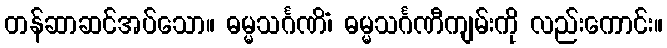
တန်ဆာဆင်အပ်သော။ ဓမ္မသင်္ဂဏိံ၊ ဓမ္မသင်္ဂဏီကျမ်းကို လည်းကောင်း။